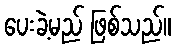
ပေးခဲ့မည် ဖြစ်သည်။